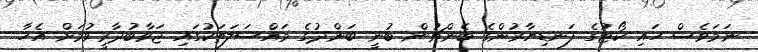
ނަމަވެސް ހައި ކޯޓުގެ ފަނޑިޔާރުންގެ ބެންޗުން ބުނީ ބަންދުގެ މައްސަލަތަކުގައި ޖަވާބުދާރީވުމަށް އެހާ